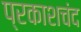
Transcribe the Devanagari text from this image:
प्रकाशचंद